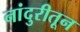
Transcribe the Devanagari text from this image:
नांदुरीतून